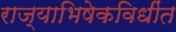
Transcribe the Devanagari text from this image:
राज्याभिषेकविधींत